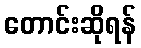
တောင်းဆိုရန်